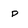
Character: p